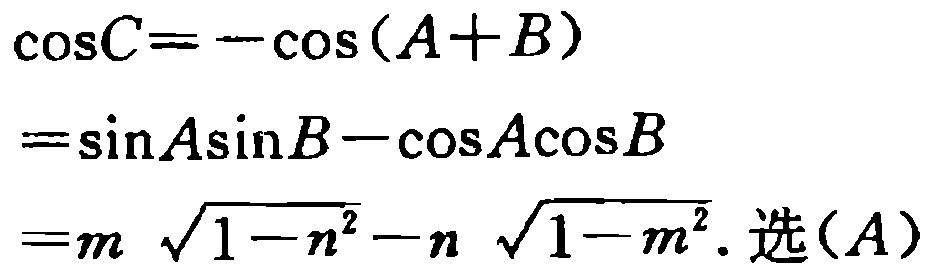
\(\cos C=-\cos(A + B)\)

\(=\sin A\sin B-\cos A\cos B\)

\(=m\sqrt{1 - n^{2}}-n\sqrt{1 - m^{2}}.\text{选}(A)\)